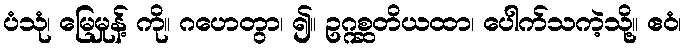
ပံသုံ၊ မြေမှုန့် ကို။ ဂဟေတွာ၊ ၍။ ဥဂ္ဂစ္ဆတိယထာ၊ ပေါက်သကဲ့သို့။ ဧဝံ၊